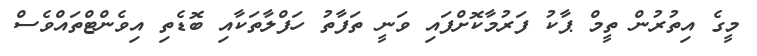
މީގެ އިތުރުން ތީމް ޕާކު ފަރުމާކޮށްފައި ވަނީ ތަފާތު ހަފްލާތަކާއި ބޮޑެތި އިވެންޓްތައްވެސް